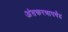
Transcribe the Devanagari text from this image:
अंतकरणापर्यंत